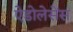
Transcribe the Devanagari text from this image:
ऐडोलेसेंस